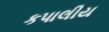
કપાલીય